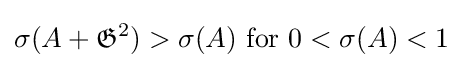
\sigma (A+{\mathfrak {G}}^{2})>\sigma (A){\text{ for }}0<\sigma (A)<1